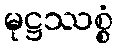
မုဋ္ဌဿစ္စံ